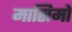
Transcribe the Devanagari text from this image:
मासिमों